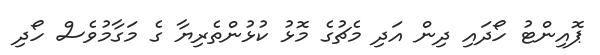
ޕޮއިންޓު ހޯދައި ދިން އަދި މެޗުގެ މޮޅު ކުޅުންތެރިޔާ ގެ މަގާމުވެސް ހޯދި